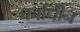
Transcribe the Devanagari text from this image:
चर्चाधीन